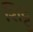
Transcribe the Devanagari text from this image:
शिट्टु